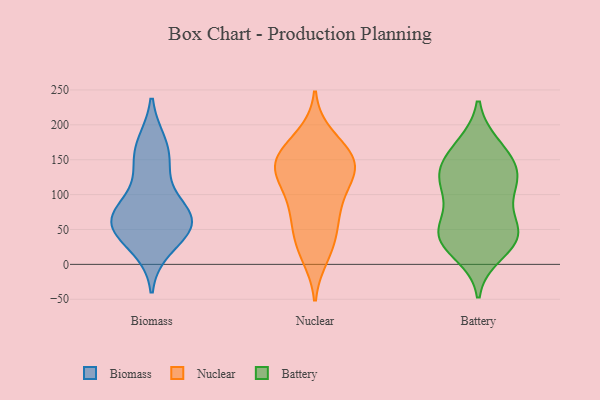
{"axis": {"x": "Active Users", "y": "Value"}, "legend": ["Battery", "Biomass", "Nuclear"], "data": [{"x": "", "y": 52, "type": "Biomass"}, {"x": "", "y": 77, "type": "Biomass"}, {"x": "", "y": 171, "type": "Biomass"}, {"x": "", "y": 68, "type": "Biomass"}, {"x": "", "y": 26, "type": "Biomass"}, {"x": "", "y": 133, "type": "Biomass"}, {"x": "", "y": 59, "type": "Biomass"}, {"x": "", "y": 161, "type": "Biomass"}, {"x": "", "y": 68, "type": "Biomass"}, {"x": "", "y": 57, "type": "Biomass"}, {"x": "", "y": 136, "type": "Nuclear"}, {"x": "", "y": 95, "type": "Nuclear"}, {"x": "", "y": 79, "type": "Nuclear"}, {"x": "", "y": 137, "type": "Nuclear"}, {"x": "", "y": 46, "type": "Nuclear"}, {"x": "", "y": 51, "type": "Nuclear"}, {"x": "", "y": 89, "type": "Nuclear"}, {"x": "", "y": 142, "type": "Nuclear"}, {"x": "", "y": 162, "type": "Nuclear"}, {"x": "", "y": 145, "type": "Nuclear"}, {"x": "", "y": 134, "type": "Nuclear"}, {"x": "", "y": 13, "type": "Nuclear"}, {"x": "", "y": 167, "type": "Nuclear"}, {"x": "", "y": 133, "type": "Nuclear"}, {"x": "", "y": 22, "type": "Nuclear"}, {"x": "", "y": 183, "type": "Nuclear"}, {"x": "", "y": 168, "type": "Battery"}, {"x": "", "y": 147, "type": "Battery"}, {"x": "", "y": 170, "type": "Battery"}, {"x": "", "y": 132, "type": "Battery"}, {"x": "", "y": 131, "type": "Battery"}, {"x": "", "y": 99, "type": "Battery"}, {"x": "", "y": 41, "type": "Battery"}, {"x": "", "y": 127, "type": "Battery"}, {"x": "", "y": 32, "type": "Battery"}, {"x": "", "y": 42, "type": "Battery"}, {"x": "", "y": 119, "type": "Battery"}, {"x": "", "y": 42, "type": "Battery"}, {"x": "", "y": 49, "type": "Battery"}, {"x": "", "y": 16, "type": "Battery"}, {"x": "", "y": 49, "type": "Battery"}, {"x": "", "y": 95, "type": "Battery"}]}